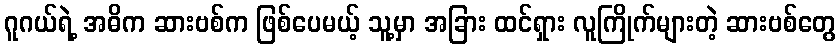
ဂူဂယ်ရဲ့ အဓိက ဆားဗစ်က ဖြစ်ပေမယ့် သူ့မှာ အခြား ထင်ရှား လူကြိုက်များတဲ့ ဆားဗစ်တွေ